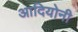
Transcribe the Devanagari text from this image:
आदियोनी